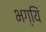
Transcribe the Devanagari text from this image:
भग्यिं